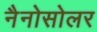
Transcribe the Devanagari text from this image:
नैनोसोलर